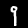
Label: 9